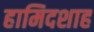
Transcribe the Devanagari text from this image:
हामिदशाह